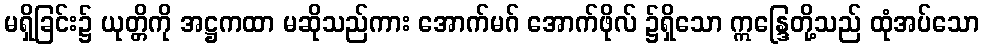
မရှိခြင်း၌ ယုတ္တိကို အဋ္ဌကထာ မဆိုသည်ကား အောက်မဂ် အောက်ဖိုလ် ၌ရှိသော ဣန္ဒြေတို့သည် ထုံအပ်သော